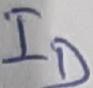
Text: ID